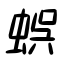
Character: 蜈